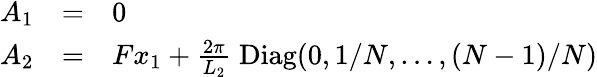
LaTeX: \begin{array}{lll}{{A_{1}}}&{{=}}&{{0}}\\ {{A_{2}}}&{{=}}&{{Fx_{1}+\frac{2\pi}{L_{2}}\; \mathrm{Diag}(0,1/N,\ldots,(N-1)/N)}}\end{array}